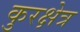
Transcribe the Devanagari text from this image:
कुरक्षेत्र